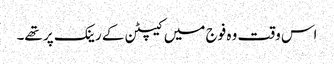
اس وقت وہ فوج میں کیپٹن کے رینک پر تھے۔